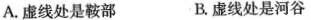
A.虚线处是鞍部 B.虚线处是河谷